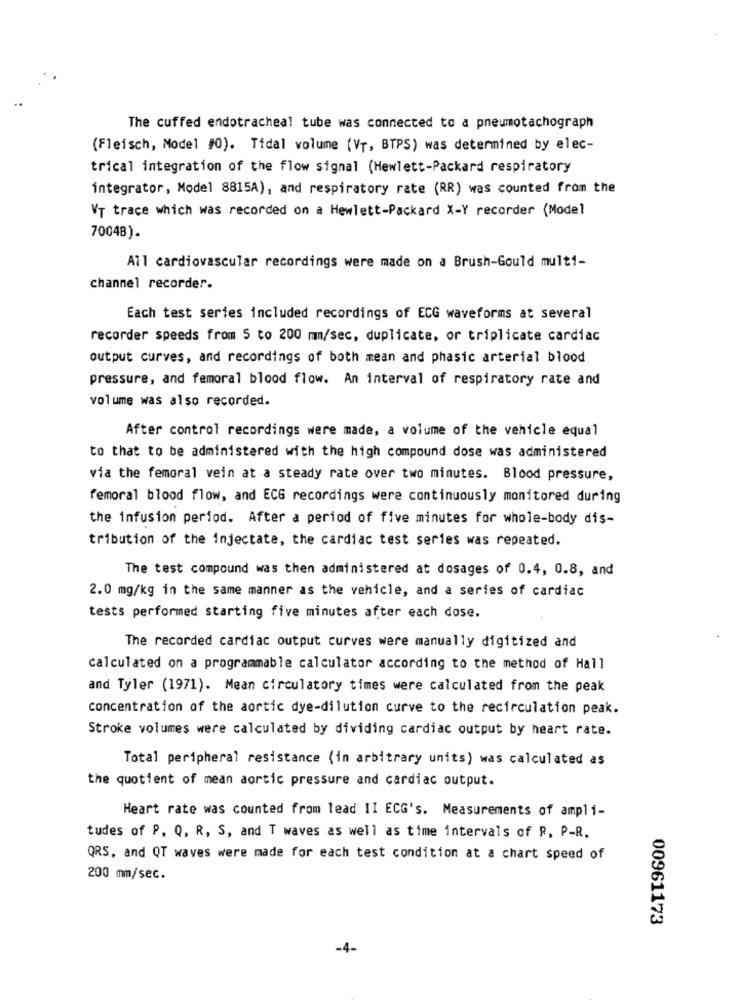
The cuffed endotracheal tube was connected to a pneumotachograph
(Fleisch, Model #0). Tidal volume (VT, BTPS) was determined by elec-
trical integration of the flow signal (Hewlett-Packard respiratory
integrator, Model 8815A), and respiratory rate (RR) was counted from the
VT trace which was recorded on a Hewlett-Packard X-Y recorder (Model
70048).
All cardiovascular recordings were made on a Brush-Gould multi-
channel recorder.
Each test series included recordings of ECG waveforms at several
recorder speeds from 5 to 200 mm/sec, duplicate, or triplicate cardiac
output curves, and recordings of both mean and phasic arterial blood
pressure, and femoral blood flow. An interval of respiratory rate and
volume was also recorded.
After control recordings were made, a volume of the vehicle equal
to that to be administered with the high compound dose was administered
via the femoral vein at a steady rate over two minutes. Blood pressure,
femoral blood flow, and ECG recordings were continuously monitored during
the infusion period. After a period of five minutes for whole-body dis-
tribution of the injectate, the cardiac test series was repeated.
The test compound was then administered at dosages of 0.4, 0.8, and
2.0 mg/kg in the same manner as the vehicle, and a series of cardiac
tests performed starting five minutes after each dose.
The recorded cardiac output curves were manually digitized and
calculated on a programmable calculator according to the method of Hall
and Tyler (1971). Mean circulatory times were calculated from the peak
concentration of the aortic dye-dilution curve to the recirculation peak.
Stroke volumes were calculated by dividing cardiac output by heart rate.
Total peripheral resistance (in arbitrary units) was calculated as
the quotient of mean aortic pressure and cardiac output.
Heart rate was counted from lead II ECG's. Measurements of ampli-
tudes of P, Q, R, S, and T waves as well as time intervals of R, P-R.
QRS, and QT waves were made for each test condition at a chart speed of
200 mm/sec.
00961173
-4-